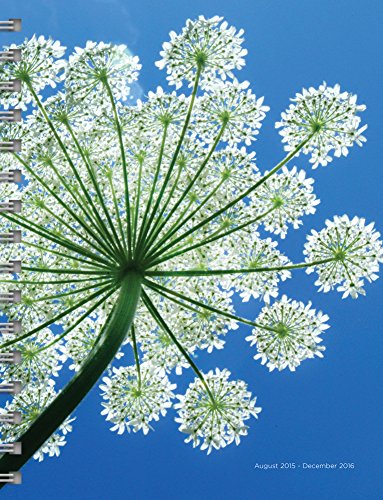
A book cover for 2016 Flowers 17 Month Spiral Planner; TF Publishing; Calendars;